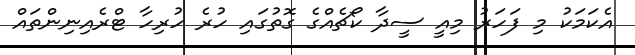
އެކަމަކު މި ފަހަރު މިއީ ސީދާ ކޯޗެއްގެ ގޮތުގައި ހުރެ ހުރިހާ ޓްރެއިނިންތައް